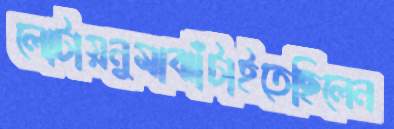
লোটায়নুমাঝাঁটাইতেছিলেন